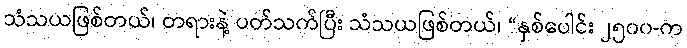
သံသယဖြစ်တယ်၊ တရားနဲ့ ပတ်သက်ပြီး သံသယဖြစ်တယ်၊ “နှစ်ပေါင်း ၂၅၀၀-က